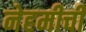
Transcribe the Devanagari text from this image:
नेहमीचीं